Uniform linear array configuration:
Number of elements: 12
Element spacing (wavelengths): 0.75
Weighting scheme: cosine
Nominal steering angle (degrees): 45
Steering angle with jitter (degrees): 45.122
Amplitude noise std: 0.05
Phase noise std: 0.05

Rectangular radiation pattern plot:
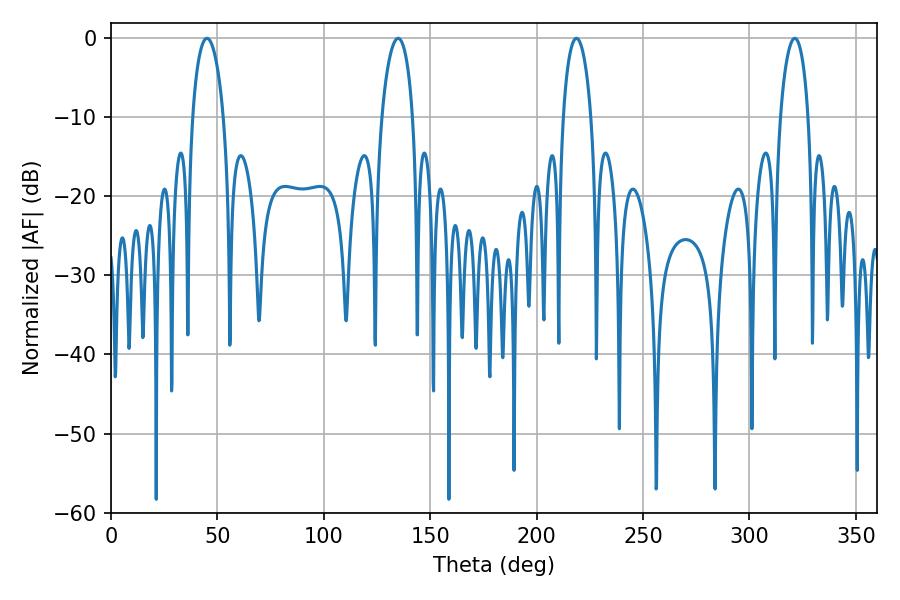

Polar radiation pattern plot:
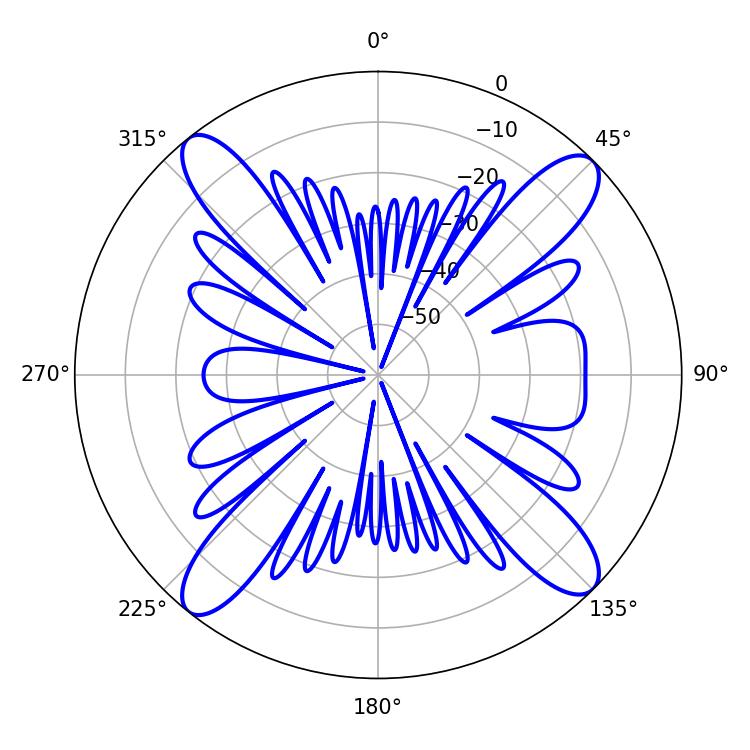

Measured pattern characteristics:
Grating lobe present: TRUE
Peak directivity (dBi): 16.068
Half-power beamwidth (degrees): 7.38
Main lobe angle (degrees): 218.7